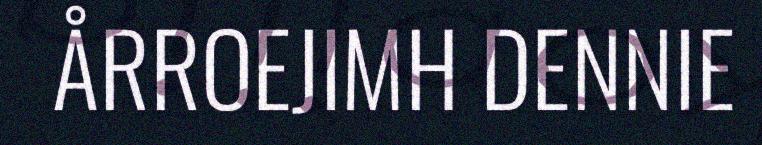
ÅRROEJIMH DENNIE